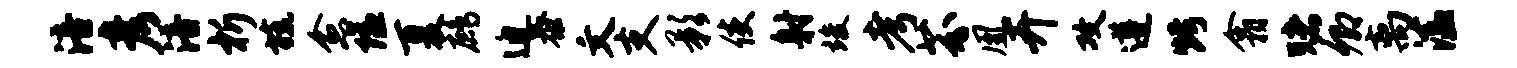
涪彦涪析旒愈隘夏鹧迫泰文支影使射竣考芬凰卉攻遵烤翕赌卿离溘